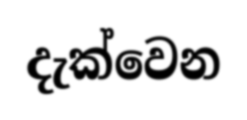
දැක්වෙන